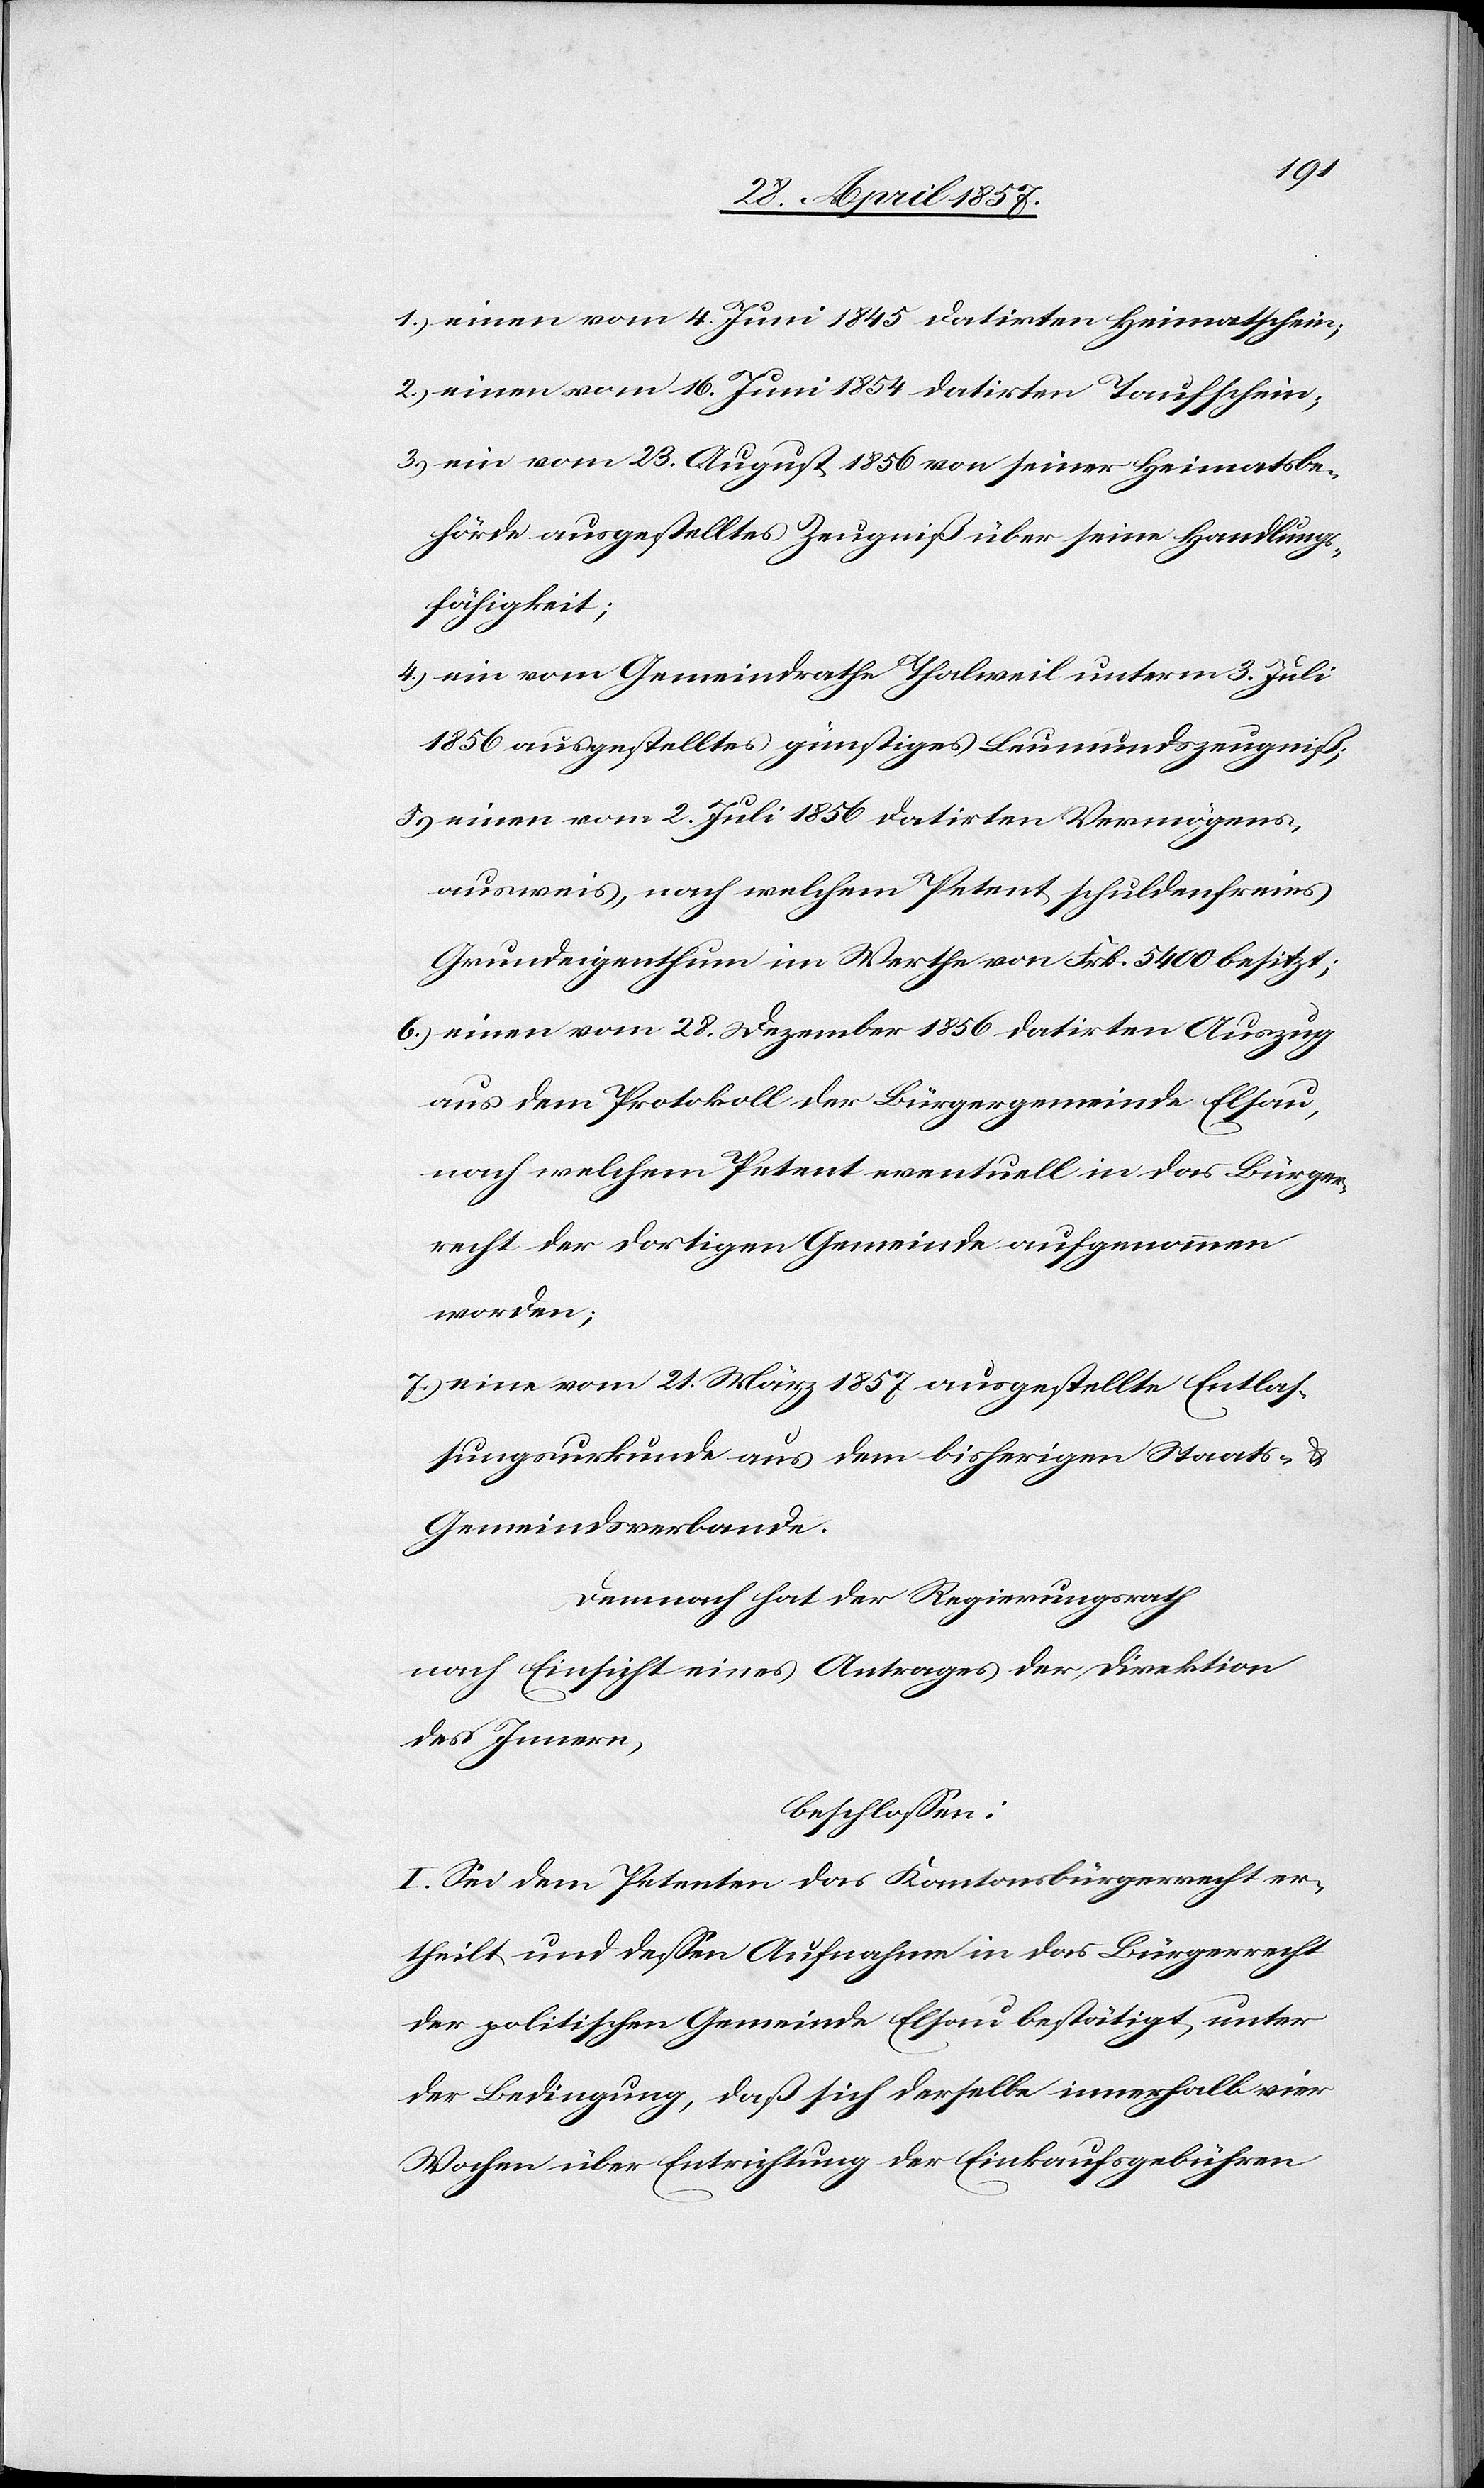
1.) einen vom 4 Juni 1845 datirten Heimatschein;
2.) einen vom 16 Juni 1854 datirten Taufschein;
3.) ein vom 23 August 1856 von seiner Heimatsbe¬
hörde ausgestelltes Zeugniß über seine Handlungs¬
fähigkeit;
4.) ein vom Gemeindrathe Thalweil unterm 3 Juli
1856 ausgestelltes günstiges Leumundszeugniß;
einen vom 2 Juli 1856 datirten Vermögens¬
ausweis, nach welchem Petent schuldenfreies
Grundeigenthum im Werthe von Frk. 5400 besitzt;
6.) einen vom 28 Dezember 1856 datirten Auszug
aus dem Protokoll der Bürgergemeinde Elsau,
nach welchem Petent eventuell in das Bürger¬
recht der dortigen Gemeinde aufgenommen
worden;
7.) eine vom 21 März 1857 ausgestellte Entlas¬
sungsurkunde aus dem bisherigen Staats- u.
Gemeindsverbande.
Demnach hat der Regierungsrath
nach Einsicht eines Antrages der Direktion
des Innern,
beschloßen:
I. Sei dem Petenten das Kantonsbürgerrecht er¬
theilt und deßen Aufnahme in das Bürgerrecht
der politischen Gemeinde Elsau bestätigt, unter
der Bedingung, daß sich derselbe innerhalb vier
Wochen über Entrichtung der Einkaufsfgebühren